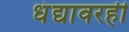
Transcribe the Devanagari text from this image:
धंद्यावरही